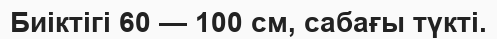
Биіктігі 60 — 100 см, сабағы түкті.